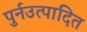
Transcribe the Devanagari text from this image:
पुर्नउत्पादित